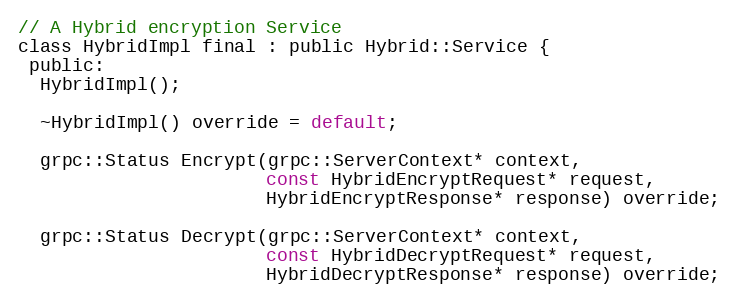
Language: C
// A Hybrid encryption Service
class HybridImpl final : public Hybrid::Service {
 public:
  HybridImpl();

  ~HybridImpl() override = default;

  grpc::Status Encrypt(grpc::ServerContext* context,
                       const HybridEncryptRequest* request,
                       HybridEncryptResponse* response) override;

  grpc::Status Decrypt(grpc::ServerContext* context,
                       const HybridDecryptRequest* request,
                       HybridDecryptResponse* response) override;